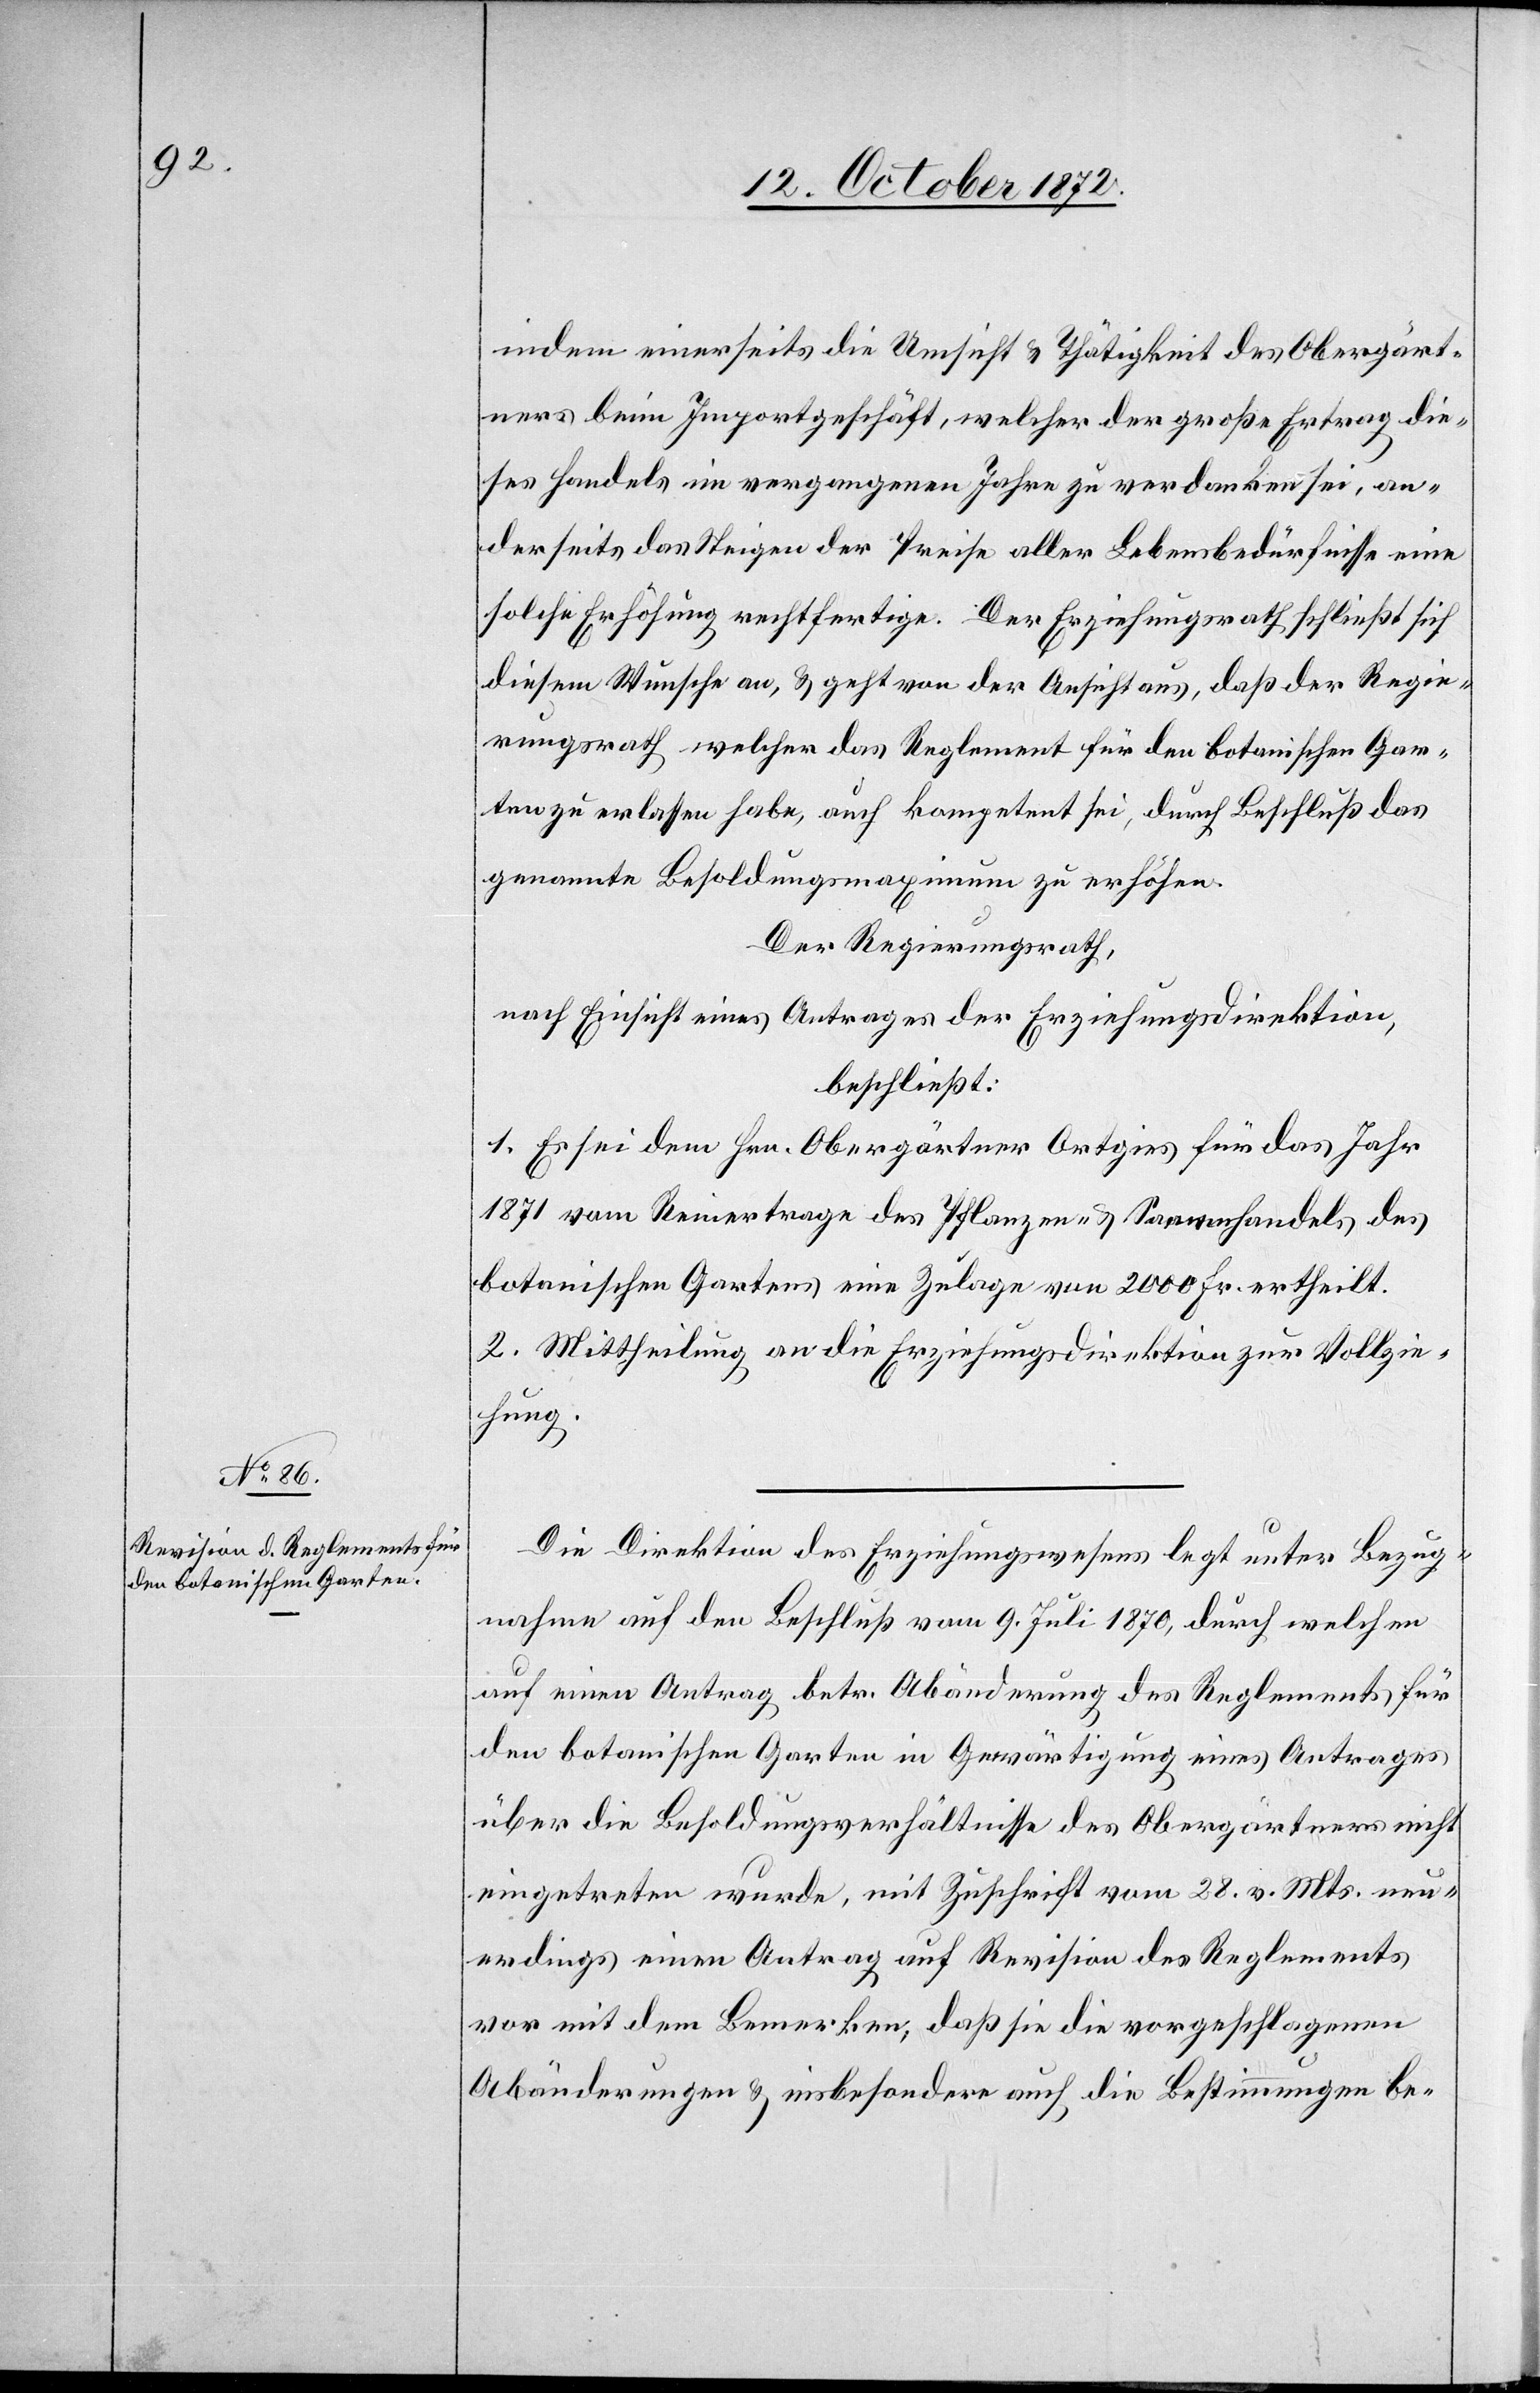
indem einerseits die Umsicht u. Thätigkeit des Obergärt¬
ners beim Importgeschäft, welcher der große Ertrag die¬
ses Handels im vergangenen Jahre zu verdanken sei, an¬
derseits das Steigen der Preise aller Lebensbedürfnisse eine
solche Erhöhung rechtfertige. Der Erziehungsrath schließt sich
diesem Wunsche an, u. geht von der Ansicht aus, daß der Regie¬
rungsrath welcher das Reglement für den botanischen Gar¬
ten zu erlassen habe, auch kompetent sei, durch Beschluß das
genannte Besoldungsmaximum zu erhöhen.
Der Regierungsrath,
nach Einsicht eines Antrages der Erziehungsdirektion,
beschließt:
1. Es sei dem Hrn. Obergärtner Ortgies für das Jahr
1871 vom Reinertrage des Pflanzen- u. Samenhandels des
botanischen Gartens eine Zulage von 2000 Fr. ertheilt.
2. Mittheilung an die Erziehungsdirektion zur Vollzie¬
hung.
Die Direktion des Erziehungswesens legt unter Bezug¬
nahme auf den Beschluß vom 9. Juli 1870, durch welchen
auf einen Antrag betr. Abänderung des Reglements für
den botanischen Garten in Gewärtigung eines Antrages
über die Besoldungsverhältnisse des Obergärtners nicht
eingetreten wurde, mit Zuschrift vom 28. v. Mts. neu¬
erdings einen Antrag auf Revision des Reglements
vor mit dem Bemerken, daß sie die vorgeschlagenen
Abänderungen u. insbesondere auch die Bestimmungen be-